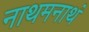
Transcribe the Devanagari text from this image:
नाथमनाथं